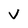
Character: V